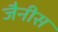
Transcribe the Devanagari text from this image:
जैनीस